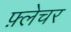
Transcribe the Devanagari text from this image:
फ़्लेचर